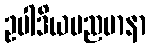
ဥပါဒိယမညမာနာ